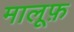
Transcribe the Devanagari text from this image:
मालूफ़